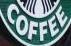
COFFEE